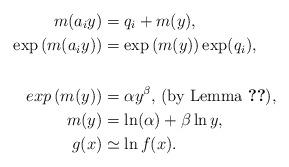
LaTeX: \begin{align*}m(a_iy)&=q_i+m(y), \\\exp\left(m(a_iy)\right) &=\exp\left(m(y)\right)\exp(q_i), \\\\exp\left(m(y)\right)&=\alpha y^{\beta} \textrm{, (by Lemma~\ref{lem:srnie}),} \\m(y)&=\ln(\alpha)+\beta \ln y, \\g(x)&\simeq \ln f(x). \end{align*}